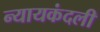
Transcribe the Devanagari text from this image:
न्यायकंदली